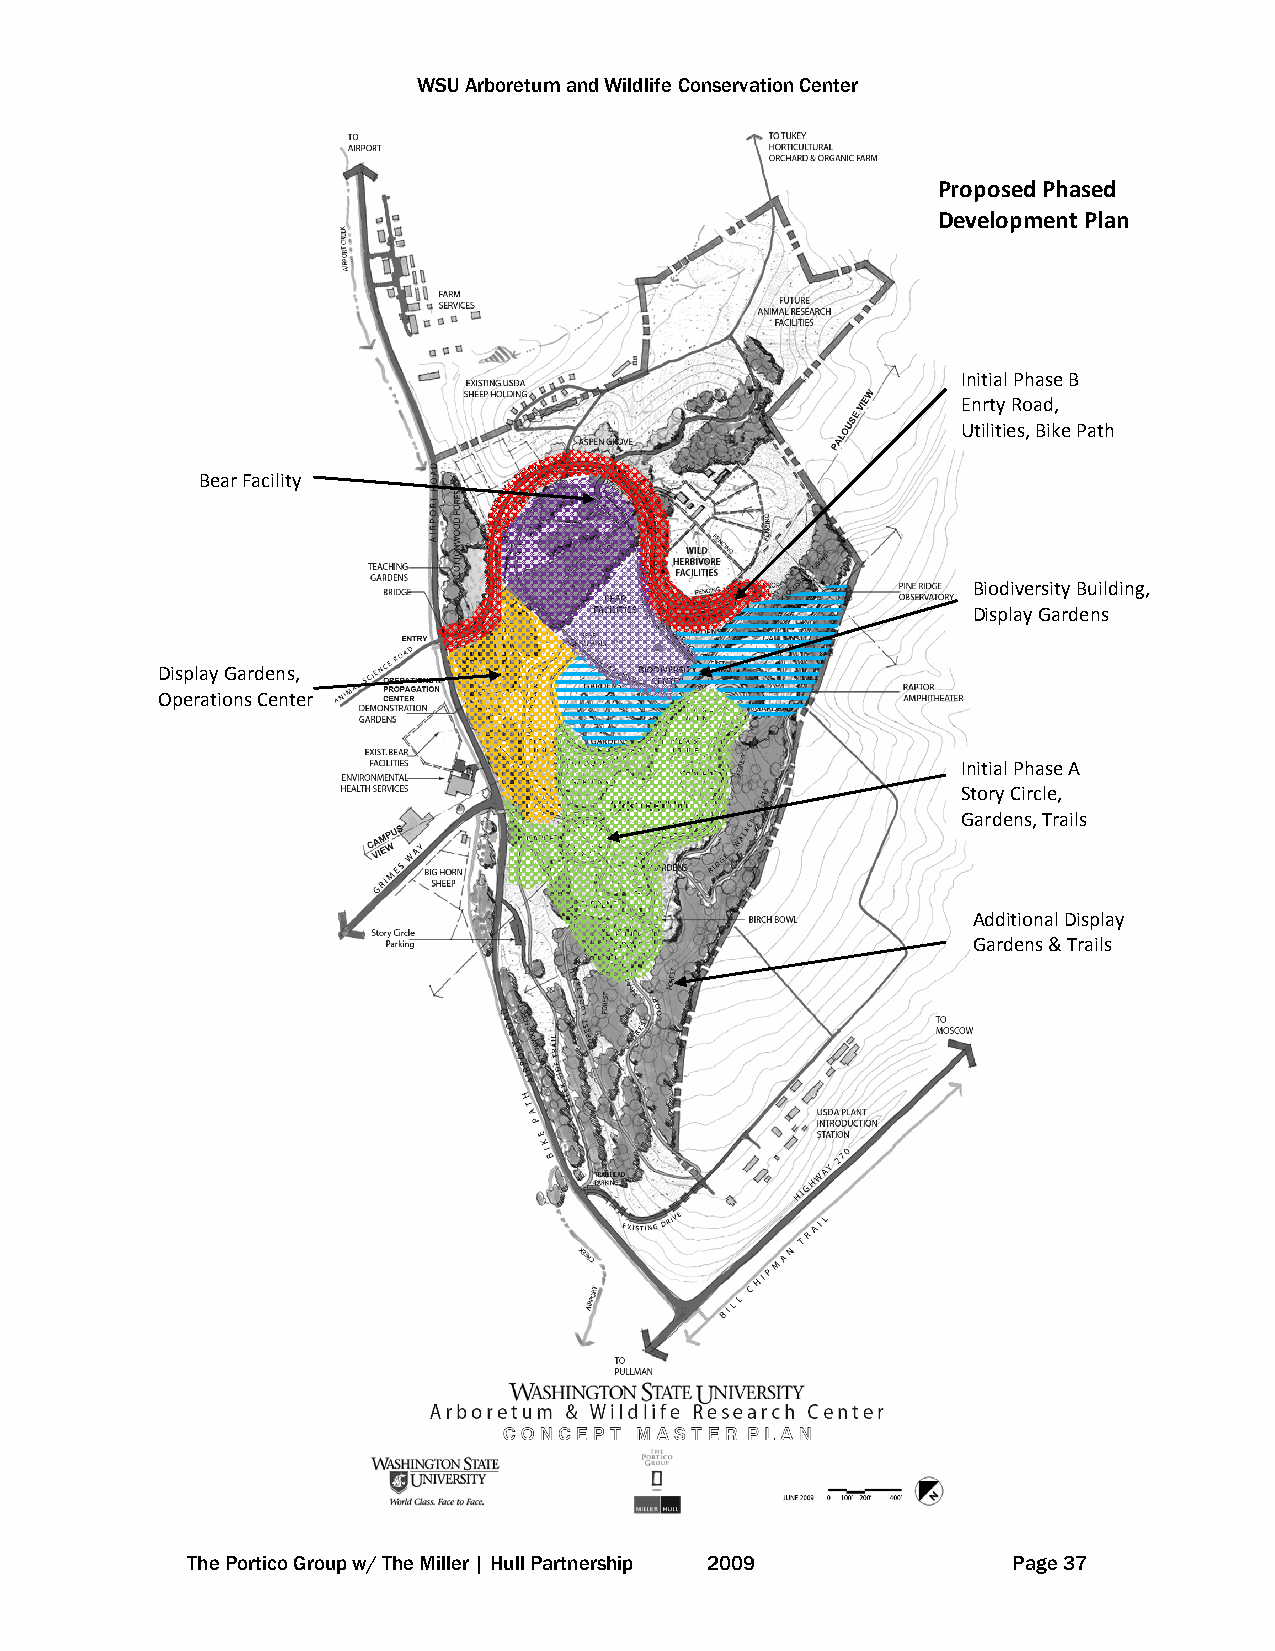
WSU Arboretum and Wildlife Conservation Center
 Proposed Phased
 Development Plan
 Initial Phase B
 Enrty Road,
 Utilities, Bike Path
 Bear Facility
 Biodiversity Building,
 Display Gardens
 Display Gardens,
 Operations Center
 Initial Phase A
 Story Circle,
 Gardens, Trails
 Additional Display
 Gardens & Trails
 The Portico Group w/ The Miller | Hull Partnership 2009 Page 37